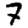
Digit: 7